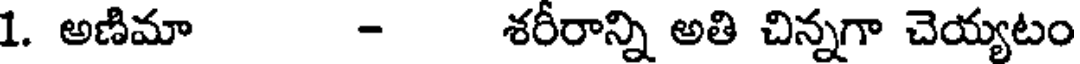
1. అణిమా - శరీరాన్ని అతి చిన్నగా చెయ్యటం